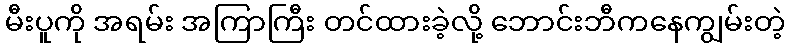
မီးပူကို အရမ်း အကြာကြီး တင်ထားခဲ့လို့ ဘောင်းဘီကနေကျွမ်းတဲ့